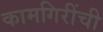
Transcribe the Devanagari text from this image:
कामगिरींची